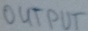
Text: OUTPUT